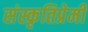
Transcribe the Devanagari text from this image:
संस्कृतिप्रेमी